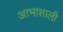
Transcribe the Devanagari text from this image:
आभाशाली